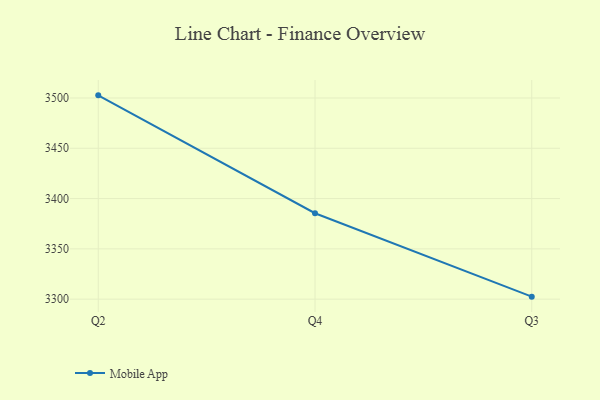
{"axis": {"x": "Quarter", "y": "Humidity (%)"}, "legend": ["Mobile App"], "data": [{"x": "Q2", "y": 3502.6, "type": "Mobile App"}, {"x": "Q4", "y": 3385.4, "type": "Mobile App"}, {"x": "Q3", "y": 3302.5, "type": "Mobile App"}]}